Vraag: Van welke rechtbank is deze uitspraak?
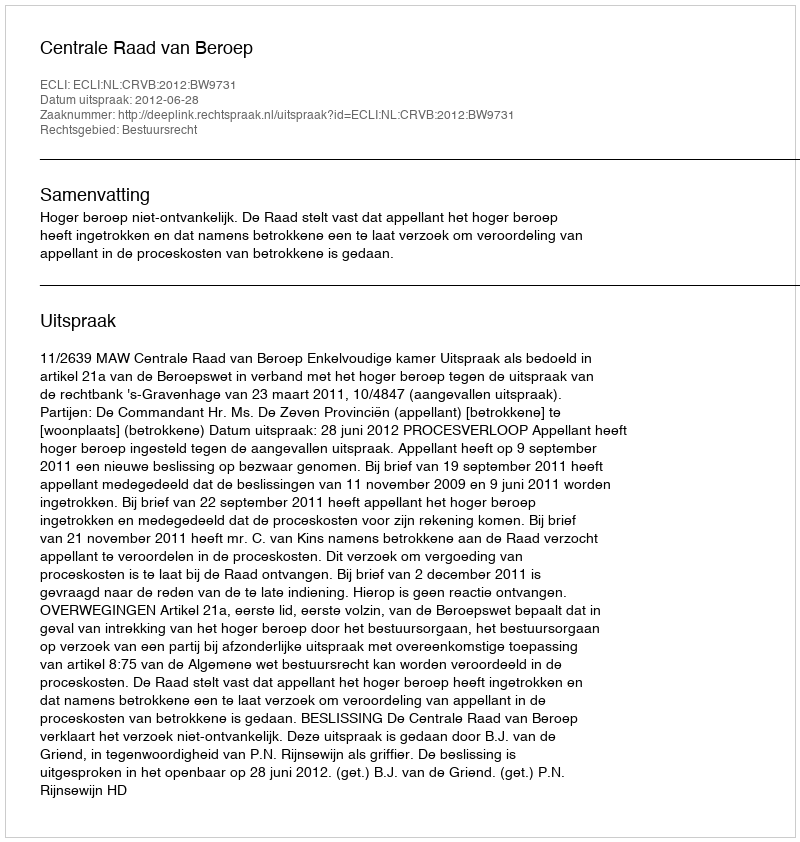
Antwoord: Centrale Raad van Beroep